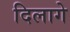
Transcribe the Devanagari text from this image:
दिलागे